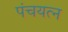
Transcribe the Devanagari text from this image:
पंचयत्‍न